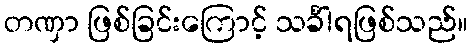
တဏှာ ဖြစ်ခြင်းကြောင့် သင်္ခါရဖြစ်သည်။